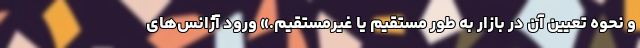
و نحوه تعیین آن در بازار به طور مستقیم یا غیرمستقیم.» ورود آژانس‌های